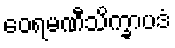
ဝေရမဏီသိက္ခာပဒံ